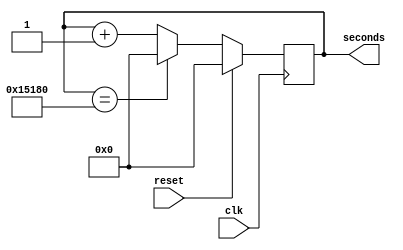
`timescale 1ns / 1ps

module time_goes_by(seconds,clk,reset);
//output reg [16:0] seconds=3580;
output reg [16:0] seconds=0;
input clk,reset;
always @(posedge clk) begin 
    if(reset) seconds<=0;
    else if(seconds==86400) seconds<=0;
    else seconds<=seconds+1;
end

endmodule